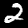
Digit: 2